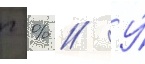
г % // У́